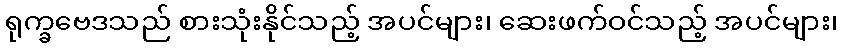
ရုက္ခဗေဒသည် စားသုံးနိုင်သည့် အပင်များ၊ ဆေးဖက်ဝင်သည့် အပင်များ၊